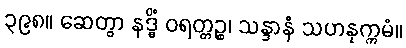
၃၉၈။ ဆေတွာ နဒ္ဓိံ ဝရတ္တဉ္စ၊ သန္ဒာနံ သဟနုက္ကမံ။